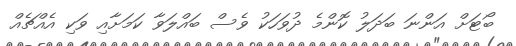
ބޯޓަށް އަންނަ ބަދަލު ކޮންމެ ދުވަހަކު ވެސް ބައްލަވާ ކަމަށާއި ވަކި އެއްޗެއް